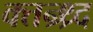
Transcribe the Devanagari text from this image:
क्तन्र्थ्र्द